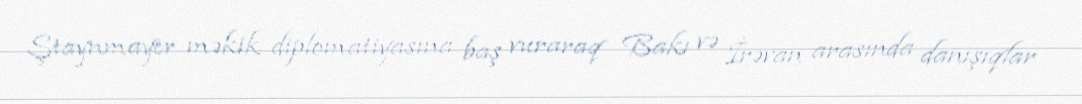
Ştaynmayer məkik diplomatiyasına baş vuraraq Bakı və İrəvan arasında danışıqlar